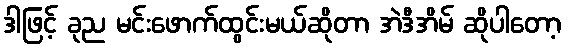
ဒါဖြင့် ခုည မင်းဖောက်ထွင်းမယ်ဆိုတာ အဲဒီအိမ် ဆိုပါတော့